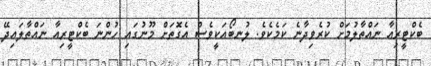
ބެކްޓީރިއާ ނައްތާލުމަށް ކުރެވިދާނެ ކަމެކެވެ. ލުނބޯއަކީވެސް އެގޮތަށް މޫނުގައި ހުންނަ ބެކްޓީރިއާ ނައްތާލައިދޭ